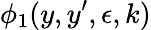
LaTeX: \phi_{1}(y,y^{\prime},\epsilon,k)